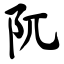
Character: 阢